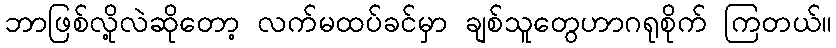
ဘာဖြစ်လို့လဲဆိုတော့ လက်မထပ်ခင်မှာ ချစ်သူတွေဟာဂရုစိုက် ကြတယ်။